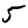
Digit: 5